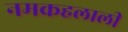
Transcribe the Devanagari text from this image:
नमकहलाली